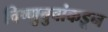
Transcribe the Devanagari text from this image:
विष्णुबुवांकडून